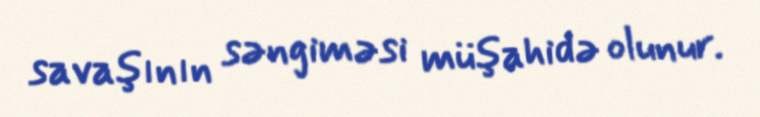
savaşının səngiməsi müşahidə olunur.